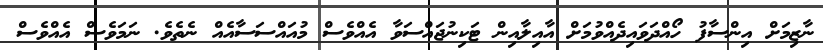
ނާޒިމަށް އިންސާފު ހޯއްދަވައިދެއްވުމަށް އާއިލާއިން ޓަކިނުޖައްސަވާ އެއްވެސް މުއައްސަސާއެއް ނެތެވެ. ނަމަވެސް އެއްވެސް